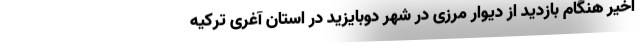
اخیر هنگام بازدید از دیوار مرزی در شهر دوبایزید در استان آغری ترکیه